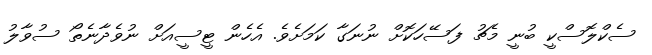
ސެކްލޮސްކީ ބުނީ މެޗު ފަސޭހަކޮށް ނުނަގާ ކަމަށެވެ. އެހެން ޓީސީއަށް ނުވެދާނެތޯ ސުވާލު